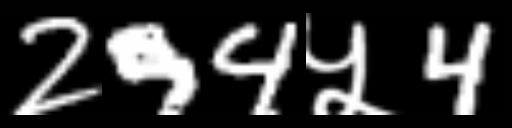
Text: 294५4